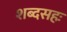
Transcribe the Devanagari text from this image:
शब्दसहः